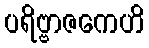
ပရိဗ္ဗာဇကေဟိ